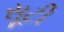
સૂટી